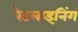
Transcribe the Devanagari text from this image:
रेडलाइनिंग